Trukikaitis_Postimees, lk 141
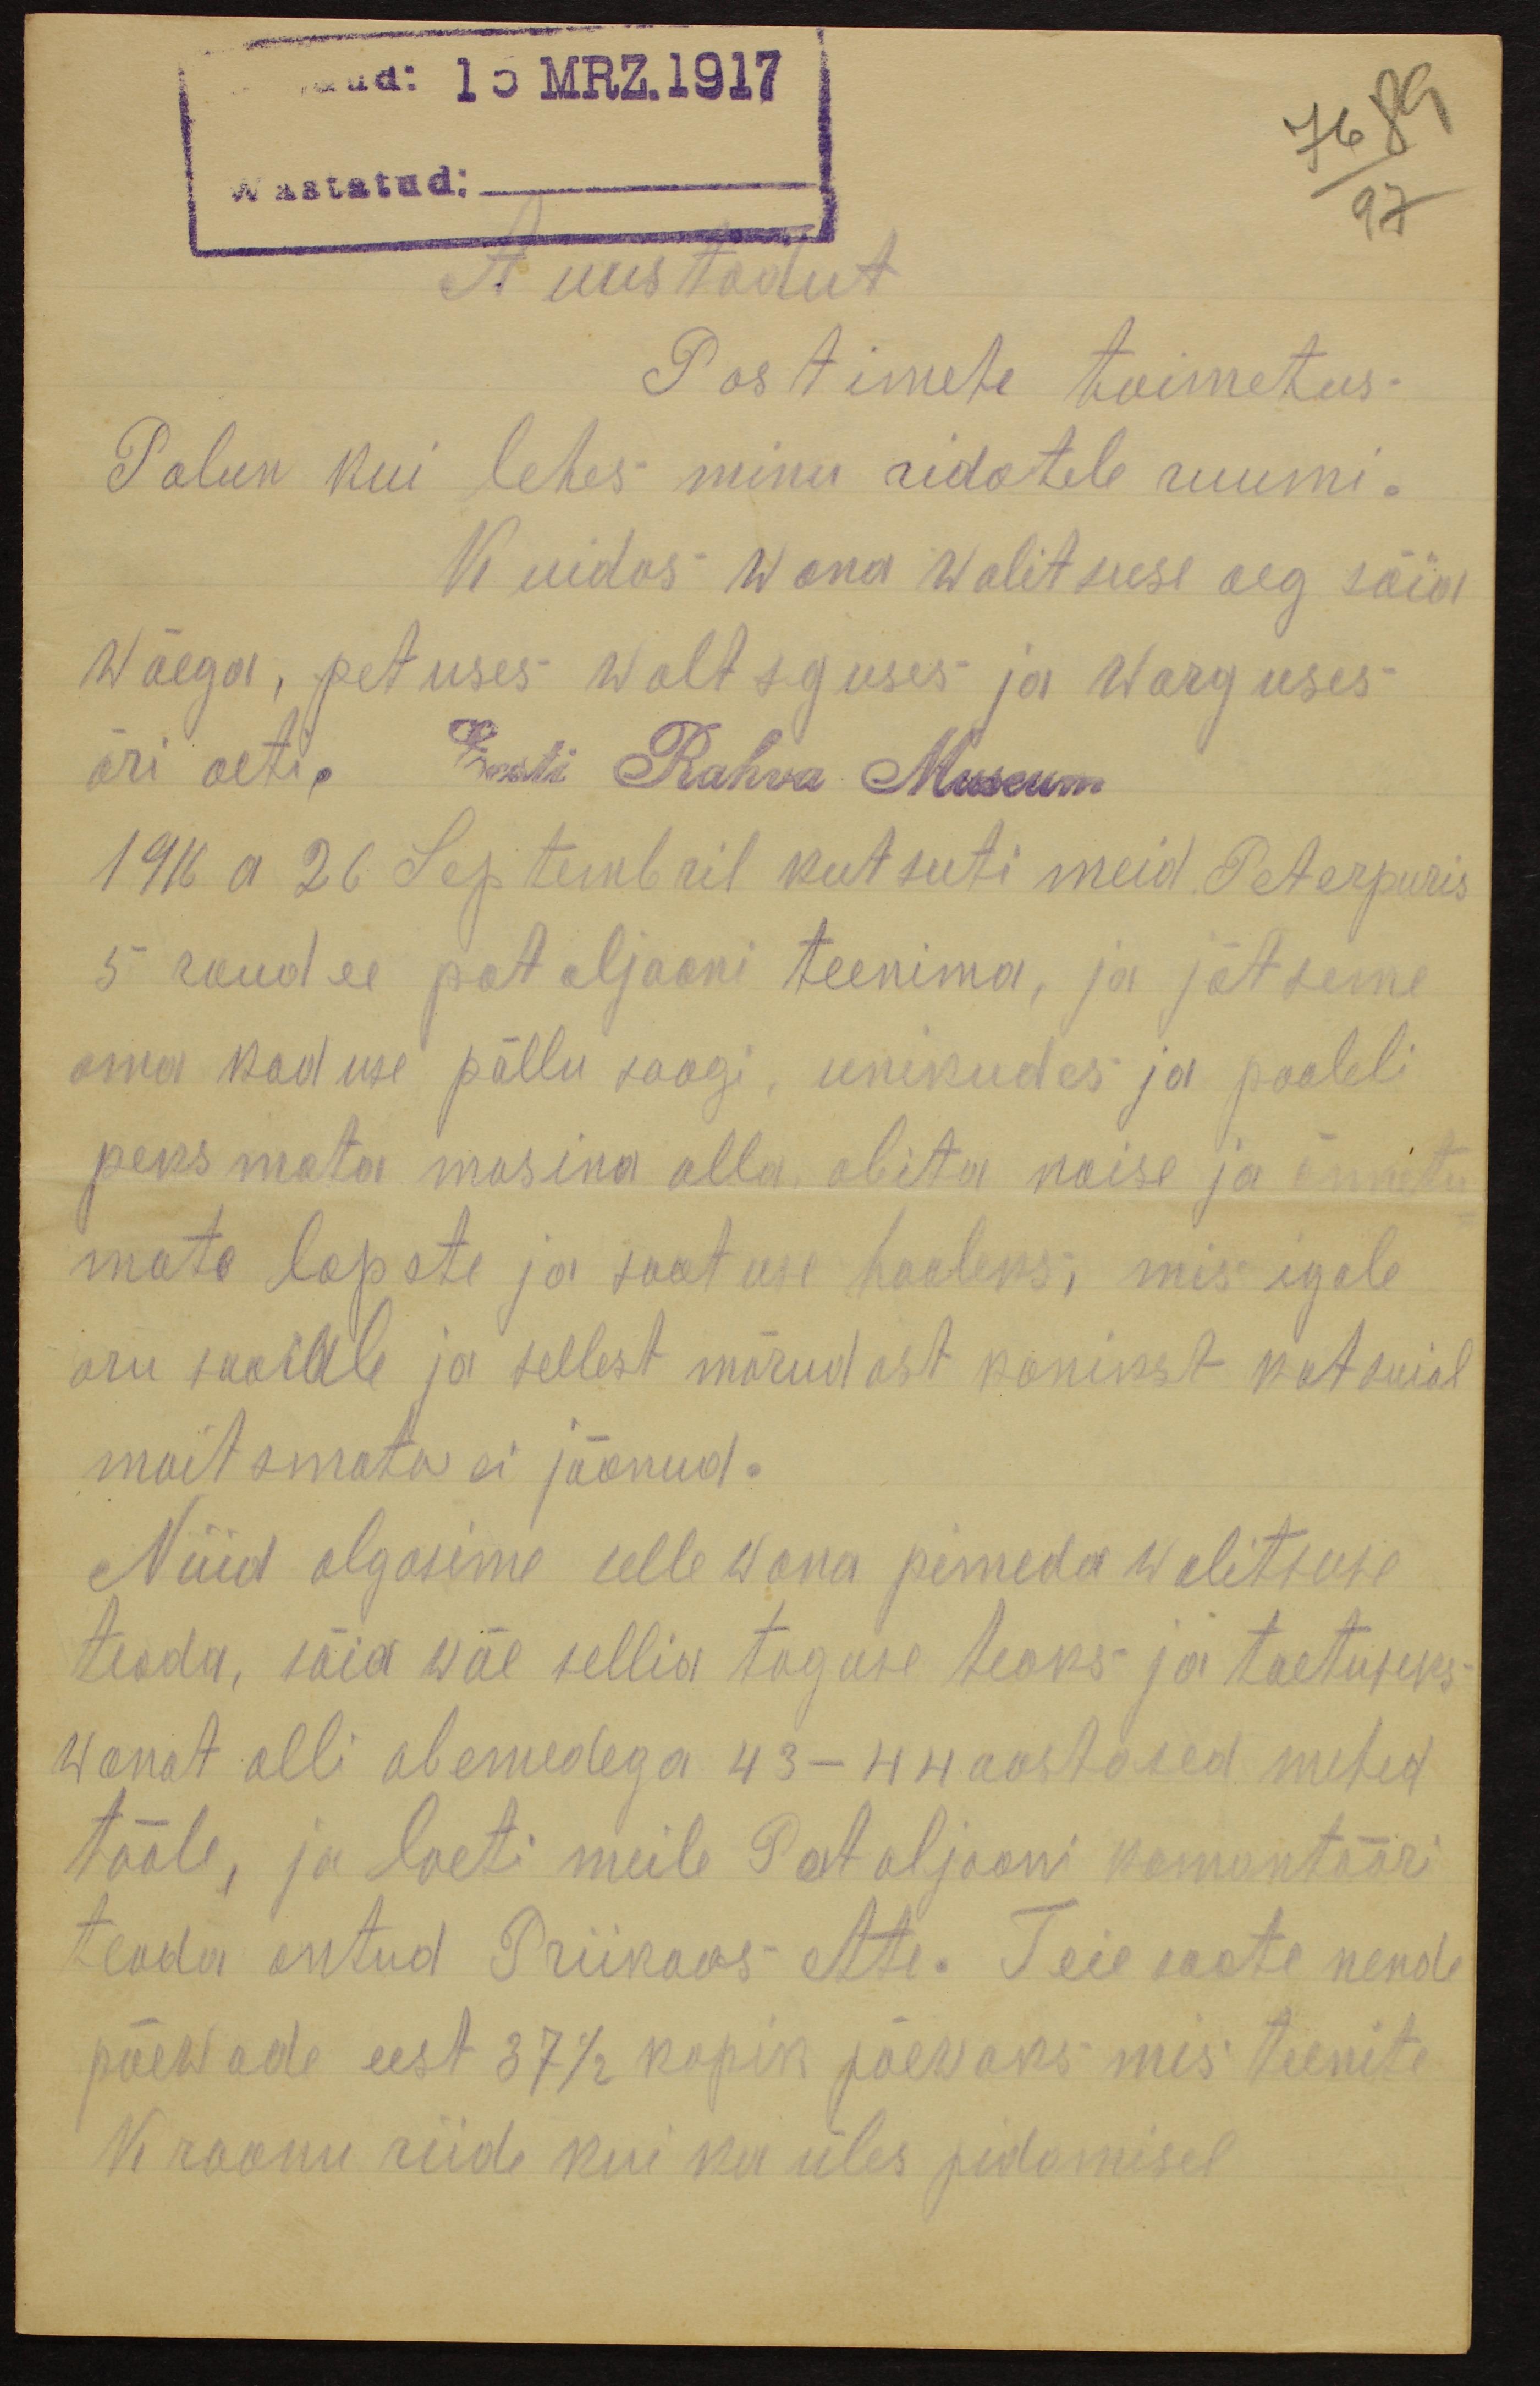
15 MRZ.1917
76 89
97
wastatud:
Auustadut
Postimehe toimetus.
Palun kui lehes minu ridatele ruumi.
Kuidas Wana walitsuse aeg sõia
wäega, petuses waltsguses ja warguses
äri aeti.
Eesti Rahva Museum
1916 a 26 Septembril kutsuti meid Peterpuris
5 roodu pataljooni teenima, ja jätsime
oma koduse põllu saagi, unikudes ja pooleli
peksmata masina alla, abita naise ja õnnetu
mate lapste ja saatuse hooleks, mis igale
aru päällele ja sellest mõrudast konikst katsuial
maitsmata ei jäänud.
Nüid algasime selle wana pimeda walitsuse
teada, sõia wäe sellid tagase teoks ja toetuseks
wanat olli abemedega 43 - 44 aastased mehed
tööle, ja loeti meile Pataljooni komantööri
teada antud Priikaos ette. Teie saate nende
päewade eest 37 1/2 kopik päewaks mis teenite
Kroonu riide kui ka üles pidamisel.